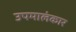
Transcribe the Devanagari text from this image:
उपमालंकार